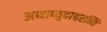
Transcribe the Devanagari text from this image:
अथाप्युदाहरन्ति